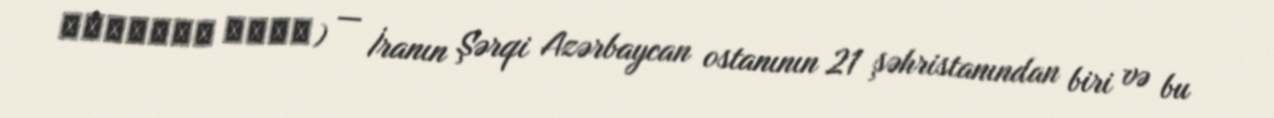
شهرستان بناب) — İranın Şərqi Azərbaycan ostanının 21 şəhristanından biri və bu